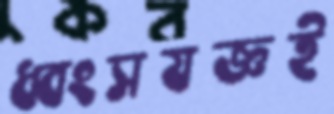
ধ্বংসযজ্ঞই